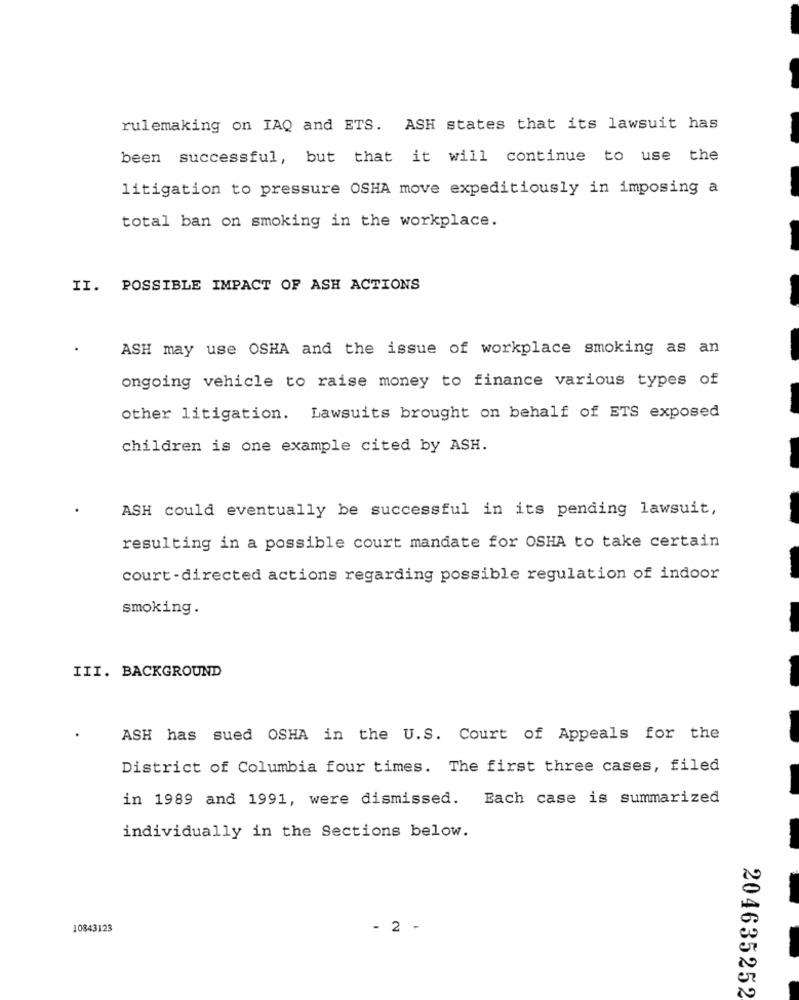
rulemaking on IAQ and ETS. ASH states that its lawsuit has
been successful, but that it will continue to use the
litigation to pressure OSHA move expeditiously in imposing a
total ban on smoking in the workplace.
II. POSSIBLE IMPACT OF ASH ACTIONS
ASH may use OSHA and the issue of workplace smoking as an
ongoing vehicle to raise money to finance various types of
other litigation. Lawsuits brought on behalf of ETS exposed
children is one example cited by ASH.
ASH could eventually be successful in its pending lawsuit,
resulting in a possible court mandate for OSHA to take certain
court-directed actions regarding possible regulation of indoor
smoking.
III. BACKGROUND
ASH has sued OSHA in the U.S. Court of Appeals for the
District of Columbia four times. The first three cases, filed
in 1989 and 1991, were dismissed. Each case is summarized
individually in the Sections below.
10843123
- 2 -
204635252